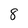
Character: 8